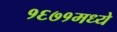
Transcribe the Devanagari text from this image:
१६७१मध्ये